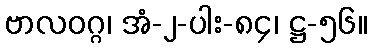
ဗာလဝဂ္ဂ၊ အံ-၂-ပါး-၈၄၊ ဋ္ဌ-၅၆။